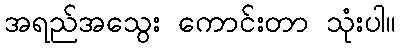
အရည်အသွေး ကောင်းတာ သုံးပါ။